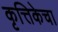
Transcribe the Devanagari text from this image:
कृत्तिकेचा